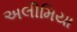
અલીમિયા